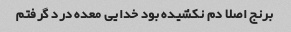
برنج اصلا دم نکشیده بود خدایی معده درد گرفتم